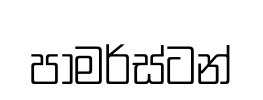
පාමර්ස්ටන්